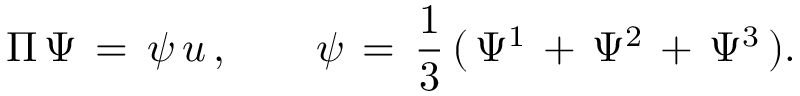
\Pi \, \Psi \, = \, \psi \, u \, , \qquad \psi \, = \, { \frac { 1 } { 3 } } \, ( \, \Psi ^ { 1 } \, + \, \Psi ^ { 2 } \, + \, \Psi ^ { 3 } \, ) .